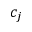
c _ { j }